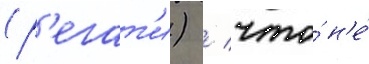
(р'егат'и) / что́ н'е́